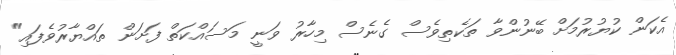
އެކަން ކުޔުރުމަށް ބޭނުންވާ ތަކެތިވެސް ގެނެސް މިހާރު ވަނީ މަސައްކަތް ފަށަން ތައްޔާރުވެފައި"